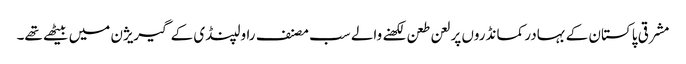
مشرقی پاکستان کے بہادر کمانڈروں پر لعن طعن لکھنے والے سب مصنف راولپنڈی کے گیریژن میں بیٹھے تھے۔